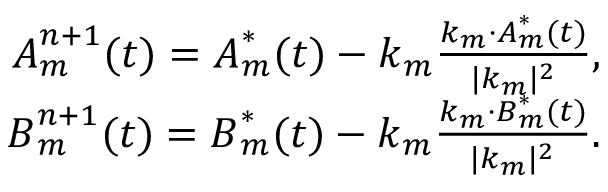
\begin{array} { r } { \boldsymbol { A } _ { m } ^ { n + 1 } ( t ) = \boldsymbol { A } _ { m } ^ { * } ( t ) - \boldsymbol { k } _ { m } \frac { \boldsymbol { k } _ { m } \cdot \boldsymbol { A } _ { m } ^ { * } ( t ) } { \lvert \boldsymbol { k } _ { m } \rvert ^ { 2 } } , } \\ { \boldsymbol { B } _ { m } ^ { n + 1 } ( t ) = \boldsymbol { B } _ { m } ^ { * } ( t ) - \boldsymbol { k } _ { m } \frac { \boldsymbol { k } _ { m } \cdot \boldsymbol { B } _ { m } ^ { * } ( t ) } { \lvert \boldsymbol { k } _ { m } \rvert ^ { 2 } } . } \end{array}